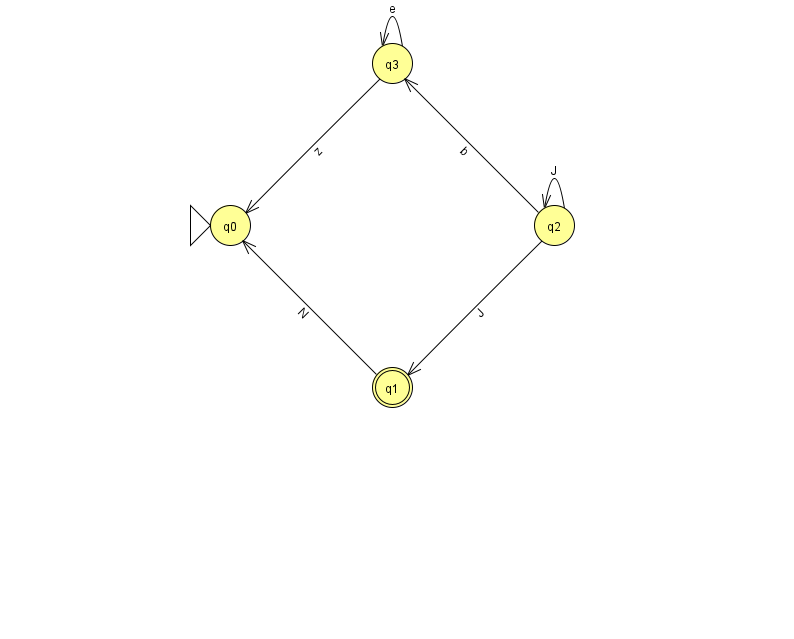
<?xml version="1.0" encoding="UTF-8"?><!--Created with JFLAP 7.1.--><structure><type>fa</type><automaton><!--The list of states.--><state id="0" name="q0"><x>230.0</x><y>212.0</y><initial/></state><state id="1" name="q1"><x>392.0</x><y>374.0</y><final/></state><state id="2" name="q2"><x>554.0</x><y>212.0</y></state><state id="3" name="q3"><x>392.0</x><y>50.0</y></state><!--The list of transitions.--><transition><from>3</from><to>0</to><read>z</read></transition><transition><from>3</from><to>3</to><read>e</read></transition><transition><from>2</from><to>3</to><read>b</read></transition><transition><from>2</from><to>1</to><read>J</read></transition><transition><from>1</from><to>0</to><read>N</read></transition><transition><from>2</from><to>2</to><read>J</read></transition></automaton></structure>